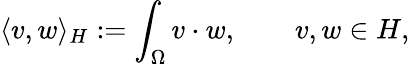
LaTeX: \langle v,w\rangle_{H}:=\int_{\Omega}v\cdot w,\qquad v,w\in H,